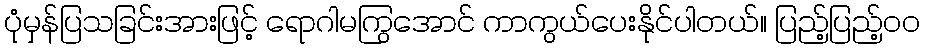
ပုံမှန်ပြသခြင်းအားဖြင့် ရောဂါမကြွအောင် ကာကွယ်ပေးနိုင်ပါတယ်။ ပြည့်ပြည့်ဝဝ